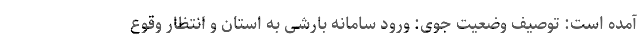
آمده است: توصیف وضعیت جوی: ورود سامانه بارشی به استان و انتظار وقوع